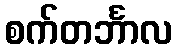
စက်တင်္ဘာလ